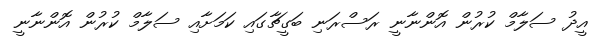
އީދު ސަލާމް ކުރުން އޮންނާނީ ރަސްރަނި ބަގީޗާގައި ކަމަށާއި ސަލާމް ކުރުން އޮންނާނީ